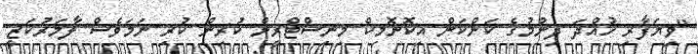
"ވިޔަފާރި ހުއްދަ ދިނުމުގެ ކަންކަން އިކޮނޮމިކް މިނިސްޓްރީން ކުރިން ކުރި ނަމަވެސް ލާމަރުކަޒީ